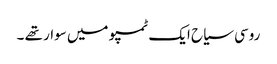
روسی سیاح ایک ٹمپو میں سوار تھے ۔